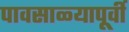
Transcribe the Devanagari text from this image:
पावसाळ्यापूर्वी